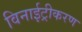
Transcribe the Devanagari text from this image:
विनाईट्रीकरण